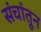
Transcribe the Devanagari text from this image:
संचांतून